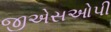
જીએસઓપી